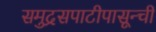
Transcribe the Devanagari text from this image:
समुद्रसपाटीपासून्ची